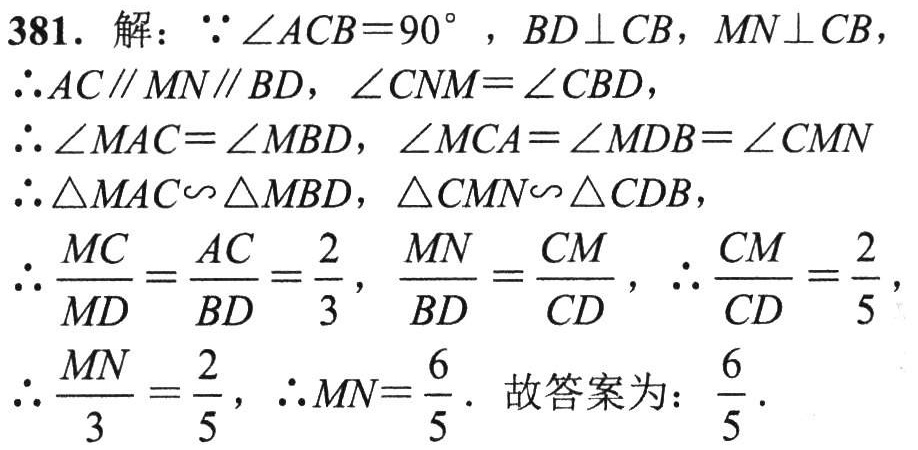
381. 解：\(\because \angle ACB = 90^{\circ}\)，\(BD\perp CB\)，\(MN\perp CB\)，

\(\therefore AC\parallel MN\parallel BD\)，\(\angle CNM=\angle CBD\)，

\(\therefore \angle MAC=\angle MBD\)，\(\angle MCA=\angle MDB=\angle CMN\)

\(\therefore \triangle MAC\sim\triangle MBD\)，\(\triangle CMN\sim\triangle CDB\)，

\(\therefore \frac{MC}{MD}=\frac{AC}{BD}=\frac{2}{3}\)，\(\frac{MN}{BD}=\frac{CM}{CD}\)，\(\therefore \frac{CM}{CD}=\frac{2}{5}\)，

\(\therefore \frac{MN}{3}=\frac{2}{5}\)，\(\therefore MN = \frac{6}{5}\). 故答案为：\(\frac{6}{5}\).